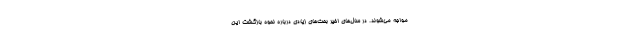
مواجه می‌شوند. در سال‌های اخیر بحث‌های زیادی درباره نحوه بازگشت این